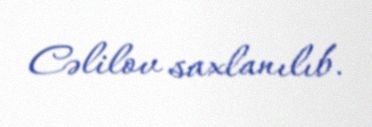
Cəlilov saxlanılıb.